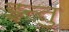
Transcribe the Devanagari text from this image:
इन्तु